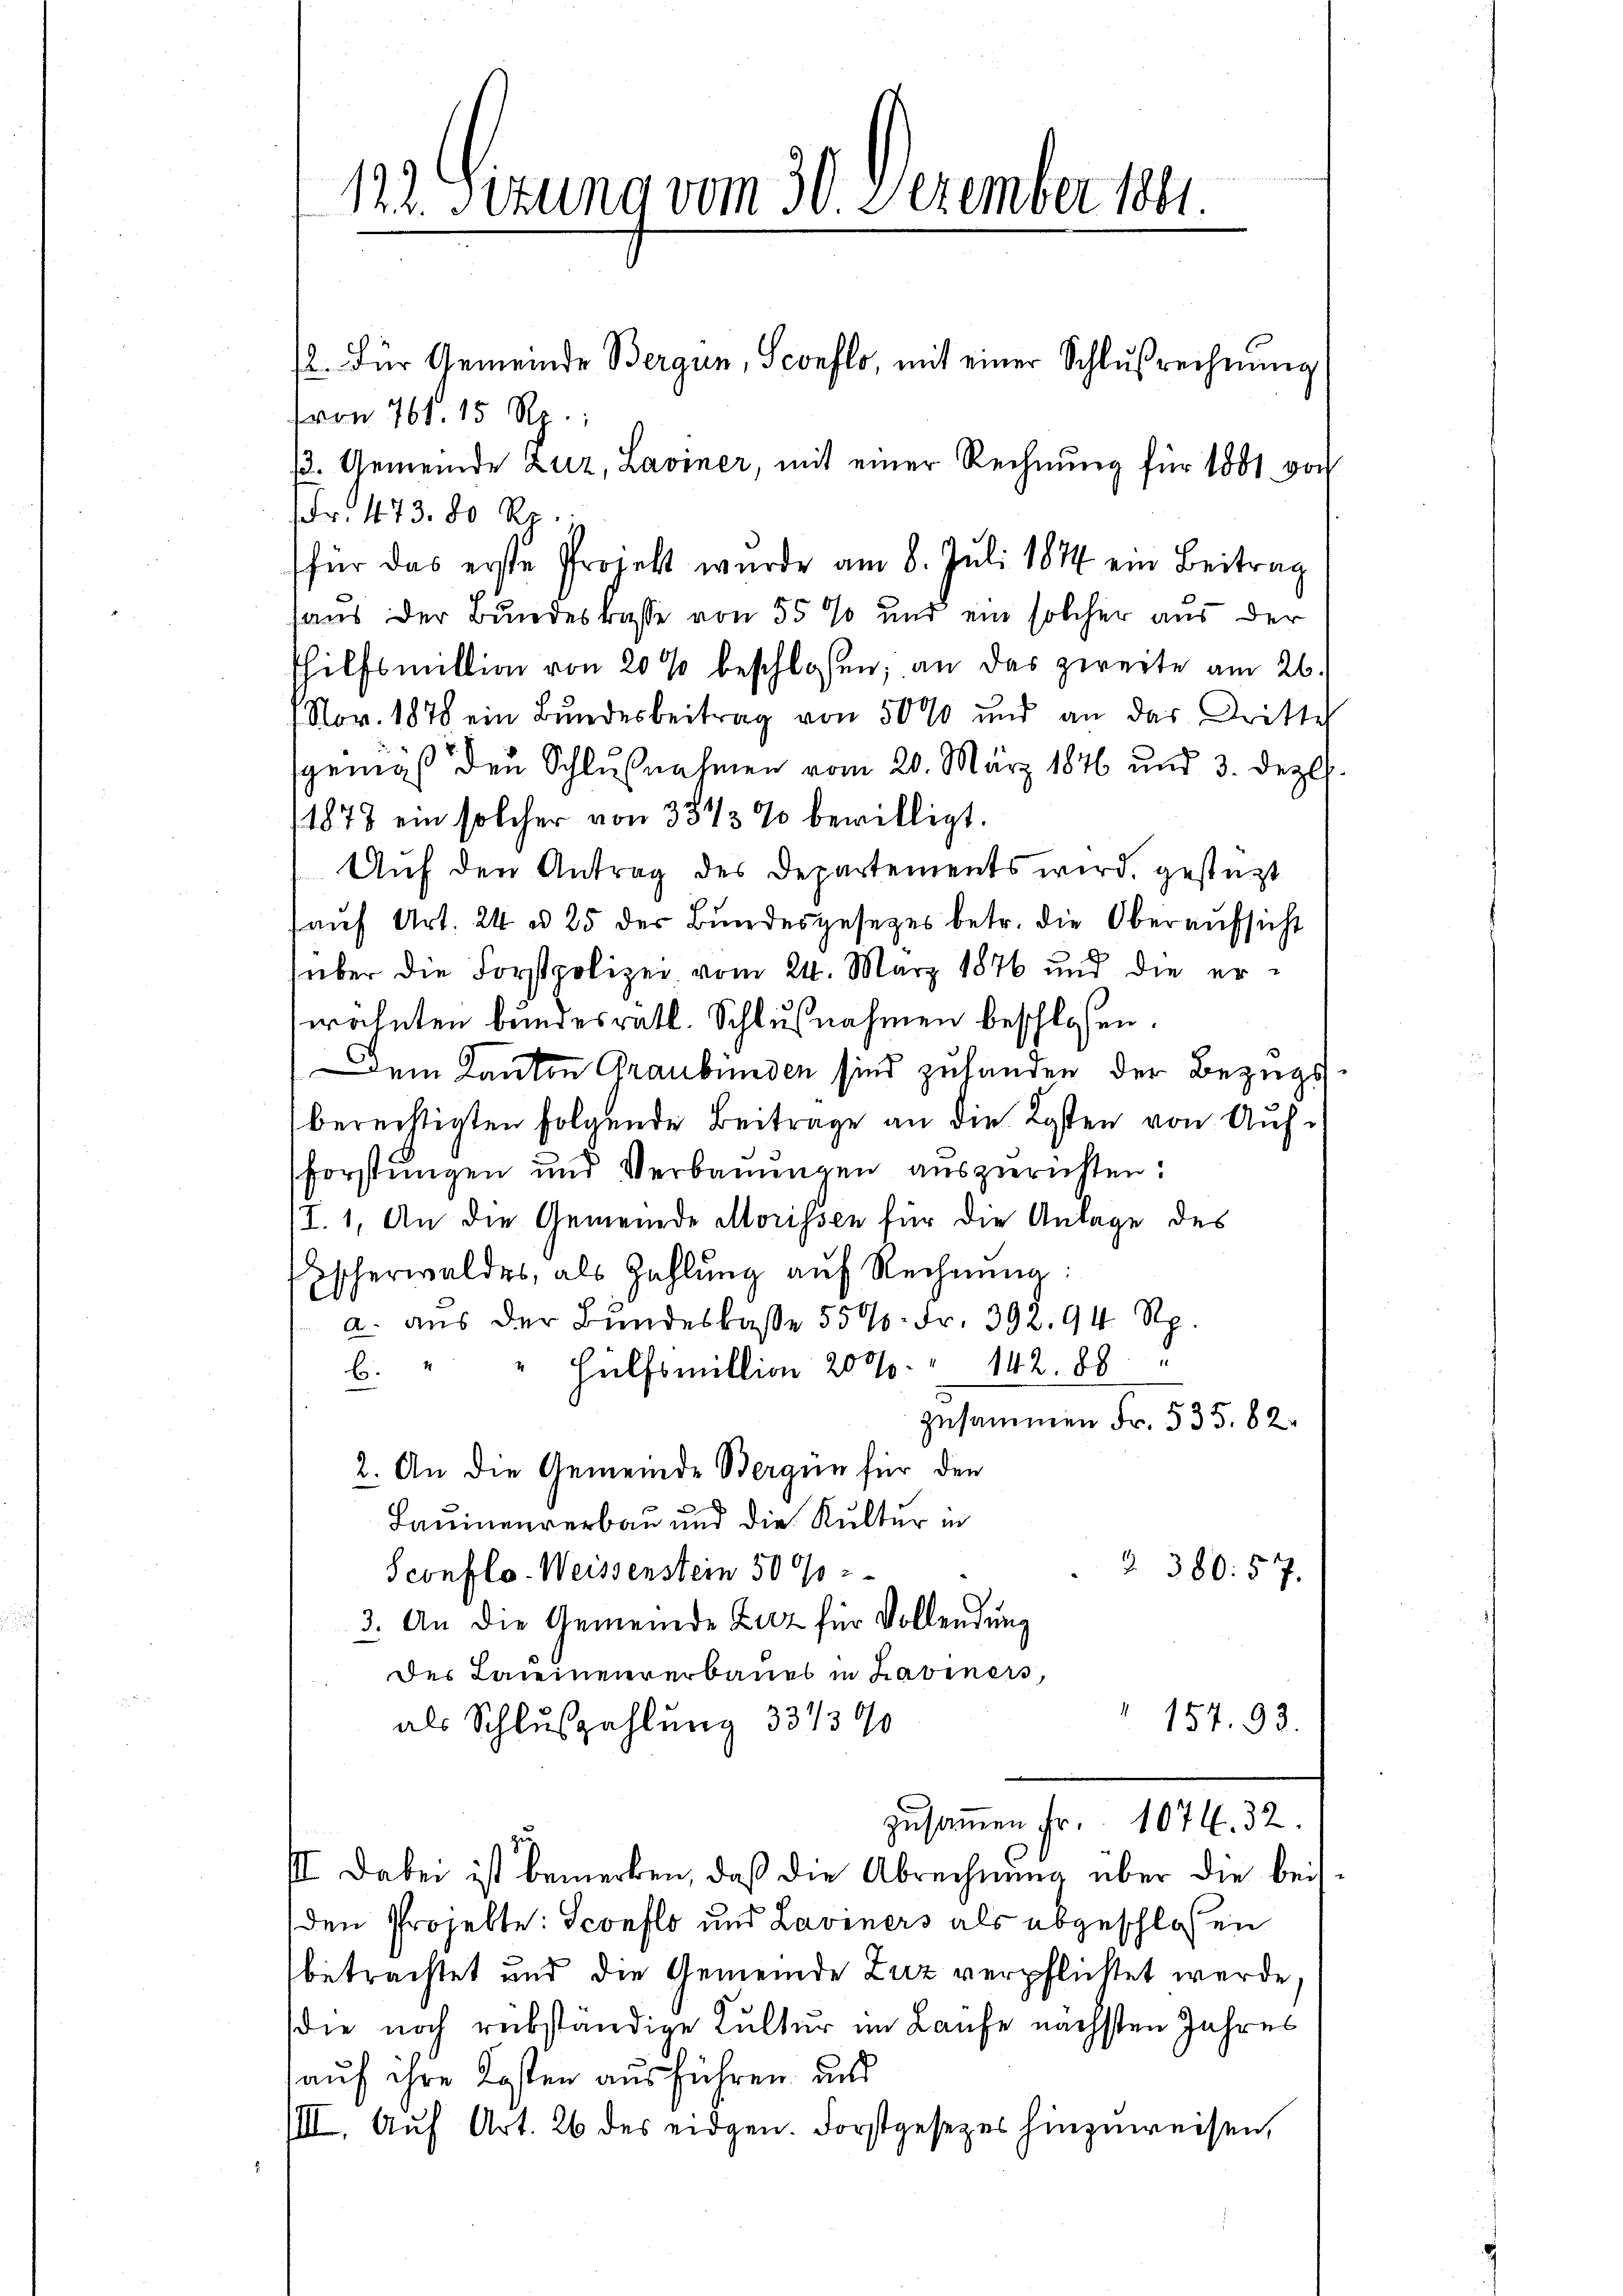
2. Für Gemeinde Bergün, Sconflo, mit einer Schlußrechnung
(von 761. 15 Rp.
13. Gemeinde Zuz, Laviner, mit einer Rechnung für 1881 von
Fr. 473. 80 Rp.
für das erste Projekt wurde am 8. Juli 1844 ein Beitrag
haus der Bundeskasse von 55 % und ein solcher aus der
Thilfsmittion von 20 % beschlossen; an das zweite am 26.
Nov. 1870 ein Bundesbeitrag von 50% und an das Dritte
gemäß den Schlußnahmen vom 20. März 1846 und 3. Dez.
1878 ein solcher von 3373 % bewilligt.
Auf den Antrag des Departements wird, gestützt
aŭf Art. 24 u. 25 der Bŭndesgesetzes betr. die Oberaŭfsicht
über die Forstpolizei vom 24. März 1876 und die erwähnten bundesrätl. Schlußnahmen beschlossen:
Dem Kanton Graubünden sind zuhanden der Bezugsberechtigten folgende Beitrage an die Kosten von Aufforstungen und Verbauungen auszurichten:
/I. 1. An die Gemeinde Morissen für die Anlage des
Escherwaldes, als Zahlung auf Rechnung:
a. aus der Bundeslasse 550 Fr. 392. 94. N
142. 88. 8
" Hülfsmillion 200.
b.
zusammen Fr. 535. 82.
2. An die Gemeinde Bergen für den
Laminenverbau und die Kultur in
2 380. 57.
Sconflo-Weissenstein 50 %
3. An die Gemeinde Zuz für Vollendung
des Lateinenererbaues in habeners,
 154. 93.
als Schluszahlung 331390
zusammen Fr. 1076. 32.
zu
III. Dabei ist bemerken, daß die Abrechnŭng über die beit-
den Projekte: Sconflo und Laviners als abgeschlossen
betrachtet und die Gemeinde Zuz verpflichtet werde
die noch rükständige Kultur im Laufe nächsten Jahres
auf ihre Kosten ausführen, und
IIII. Auf Art. 26 des eidgen. Forstgesezes hinzuweisen,

122. Situng vom 30 Dezember 1891.